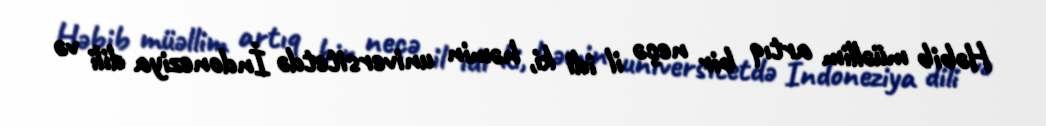
Həbib müəllim artıq bir neçə il idi ki, həmin universitetdə İndoneziya dili və